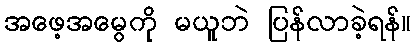
အဖေ့အမွေကို မယူဘဲ ပြန်လာခဲ့ရန်။